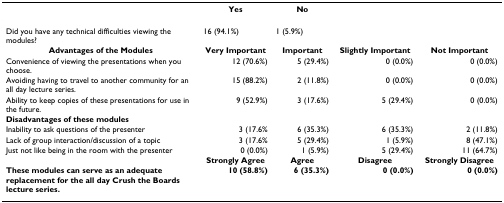
<table><thead><tr><td></td><td><b>Yes</b></td><td><b>No</b></td><td></td><td></td></tr></thead><tbody><tr><td>Did you have any technical difficulties viewing the modules?</td><td>16 (94.1%)</td><td>1 (5.9%)</td><td></td><td></td></tr><tr><td><b>Advantages of the Modules</b></td><td><b>Very Important</b></td><td><b>Important</b></td><td><b>Slightly Important</b></td><td><b>Not Important</b></td></tr><tr><td>Convenience of viewing the presentations when you choose.</td><td>12 (70.6%)</td><td>5 (29.4%)</td><td>0 (0.0%)</td><td>0 (0.0%)</td></tr><tr><td>Avoiding having to travel to another community for an all day lecture series.</td><td>15 (88.2%)</td><td>2 (11.8%)</td><td>0 (0.0%)</td><td>0 (0.0%)</td></tr><tr><td>Ability to keep copies of these presentations for use in the future.</td><td>9 (52.9%)</td><td>3 (17.6%)</td><td>5 (29.4%)</td><td>0 (0.0%)</td></tr><tr><td><b>Disadvantages of these modules</b></td><td></td><td></td><td></td><td></td></tr><tr><td>Inability to ask questions of the presenter</td><td>3 (17.6%</td><td>6 (35.3%)</td><td>6 (35.3%)</td><td>2 (11.8%)</td></tr><tr><td>Lack of group interaction/discussion of a topic</td><td>3 (17.6%</td><td>5 (29.4%)</td><td>1 (5.9%)</td><td>8 (47.1%)</td></tr><tr><td>Just not like being in the room with the presenter</td><td>0 (0.0%)</td><td>1 (5.9%)</td><td>5 (29.4%)</td><td>11 (64.7%)</td></tr><tr><td></td><td><b>Strongly Agree</b></td><td><b>Agree</b></td><td><b>Disagree</b></td><td><b>Strongly Disagree</b></td></tr><tr><td><b>These modules can serve as an adequate replacement for the all day Crush the Boards lecture series.</b></td><td><b>10 (58.8%)</b></td><td><b>6 (35.3%)</b></td><td><b>0 (0.0%)</b></td><td><b>0 (0.0%)</b></td></tr></tbody></table>